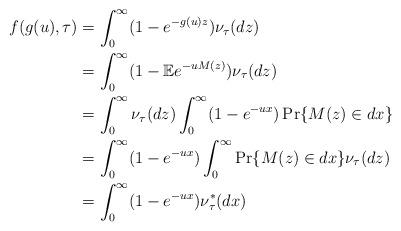
LaTeX: \begin{align*}f(g(u),\tau)& = \int _0^{\infty} (1-e^{-g(u)z})\nu _{\tau}(dz)\\&= \int_0 ^{\infty} (1-\mathbb{E}e^{-uM(z)}) \nu _ {\tau}(dz)\\&= \int _0 ^{\infty}\nu _{\tau}(dz) \int _0 ^{\infty} (1-e^{-ux})\Pr \{ M(z)\in dx \}\\&= \int _0^{\infty} (1-e^{-ux}) \int _0^{\infty} \Pr \{M(z)\in dx \} \nu _{\tau}(dz)\\&= \int _0 ^{\infty} (1-e^{-ux}) \nu ^*_{\tau}(dx)\end{align*}